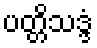
ပတ္တိသဒ္ဒံ